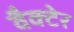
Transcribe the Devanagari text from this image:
वैक्टेर